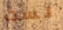
لست